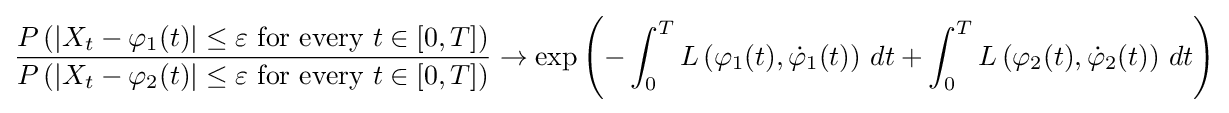
{\frac {P\left(\left|X_{t}-\varphi _{1}(t)\right|\leq \varepsilon {\text{ for every }}t\in [0,T]\right)}{P\left(\left|X_{t}-\varphi _{2}(t)\right|\leq \varepsilon {\text{ for every }}t\in [0,T]\right)}}\to \exp \left(-\int _{0}^{T}L\left(\varphi _{1}(t),{\dot {\varphi }}_{1}(t)\right)\,dt+\int _{0}^{T}L\left(\varphi _{2}(t),{\dot {\varphi }}_{2}(t)\right)\,dt\right)